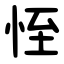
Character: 恎